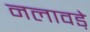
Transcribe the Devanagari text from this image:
नलावडे़